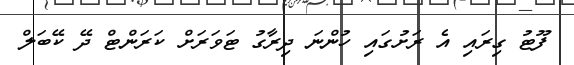
ފޫޓު ގިރައި އެ ރަށުގައި ހުންނަ ދިރާގު ޓަވަރަށް ކަރަންޓް ދޭ ކޭބަލް